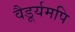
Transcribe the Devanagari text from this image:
वैडूर्यमपि